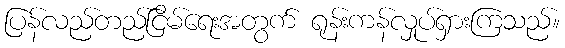
ပြန်လည်တည်ငြိမ်ရေးအတွက် ရုန်းကန်လှုပ်ရှားကြသည်။